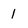
Character: 1